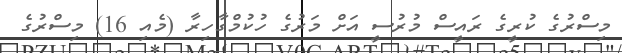
މިސްރުގެ ކުރީގެ ރައީސް މުރުސީ އަށް މަރުގެ ހުކުމްގާހިރާ (މެއި 16) މިސްރުގެ